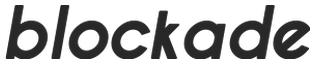
blockade